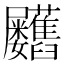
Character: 𦧃